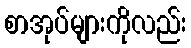
စာအုပ်များကိုလည်း